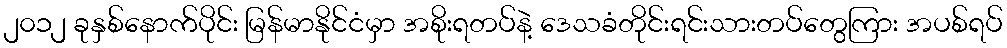
၂၀၁၂ ခုနှစ်နောက်ပိုင်း မြန်မာနိုင်ငံမှာ အစိုးရတပ်နဲ့ ဒေသခံတိုင်းရင်းသားတပ်တွေကြား အပစ်ရပ်